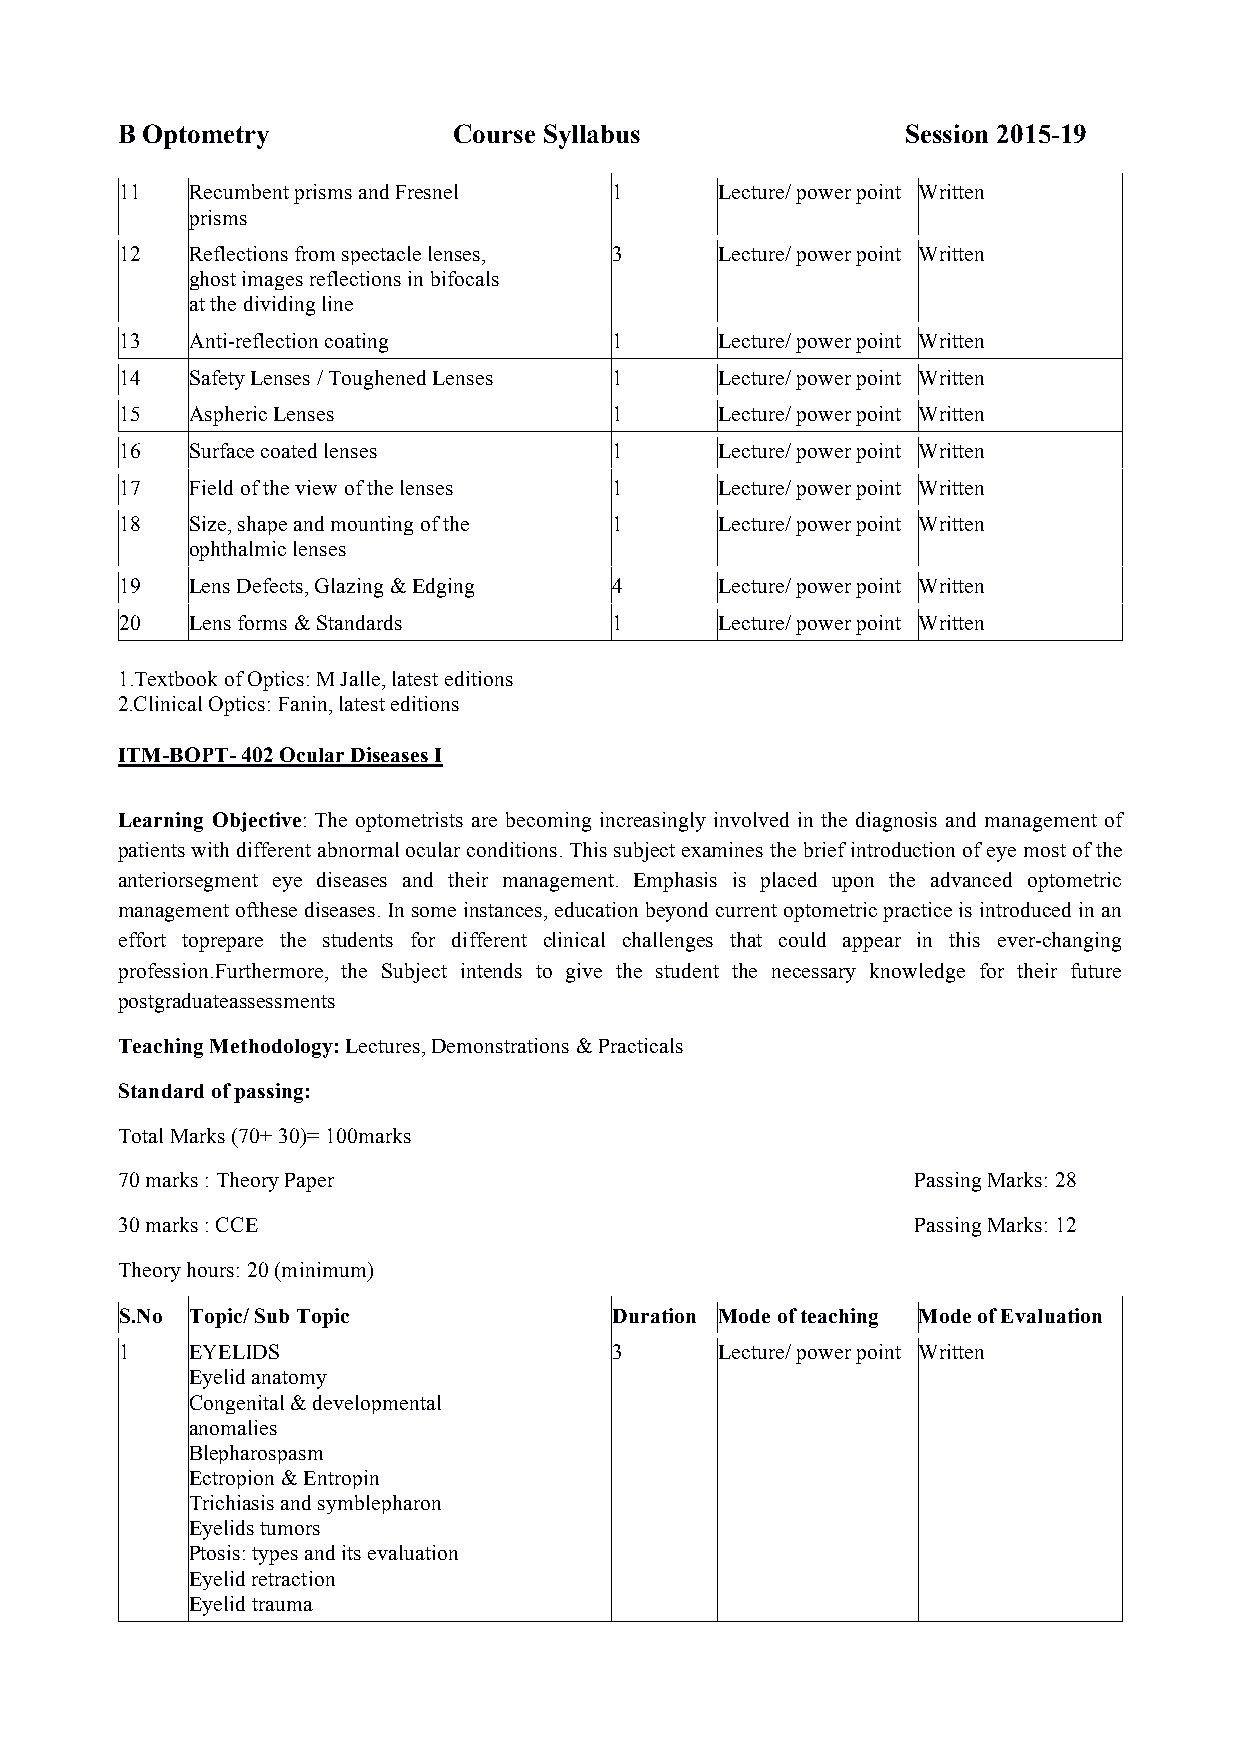
B Optometry           Course Syllabus               Session 2015-19
 11   Recumbent prisms and Fresnel 1     Lecture/ power point Written
 prisms
 12   Reflections from spectacle lenses, 3 Lecture/ power point Written
 ghost images reflections in bifocals
 at the dividing line
 13   Anti-reflection coating     1      Lecture/ power point Written
 14   Safety Lenses / Toughened Lenses 1 Lecture/ power point Written
 15   Aspheric Lenses             1      Lecture/ power point Written
 16   Surface coated lenses       1      Lecture/ power point Written
 17   Field of the view of the lenses 1  Lecture/ power point Written
 18   Size, shape and mounting of the 1  Lecture/ power point Written
 ophthalmic lenses
 19   Lens Defects, Glazing & Edging 4   Lecture/ power point Written
 20   Lens forms & Standards      1      Lecture/ power point Written
 1.Textbook of Optics: M Jalle, latest editions
 2.Clinical Optics: Fanin, latest editions
 ITM-BOPT- 402 Ocular Diseases I
 Learning Objective: The optometrists are becoming increasingly involved in the diagnosis and management of
 patients with different abnormal ocular conditions. This subject examines the brief introduction of eye most of the
 anteriorsegment eye diseases and their management. Emphasis is placed upon the advanced optometric
 management ofthese diseases. In some instances, education beyond current optometric practice is introduced in an
 effort toprepare the students for different clinical challenges that could appear in this ever-changing
 profession.Furthermore, the Subject intends to give the student the necessary knowledge for their future
 postgraduateassessments
 Teaching Methodology: Lectures, Demonstrations & Practicals
 Standard of passing:
 Total Marks (70+ 30)= 100marks
 70 marks : Theory Paper                              Passing Marks: 28
 30 marks : CCE                                       Passing Marks: 12
 Theory hours: 20 (minimum)
 S.No Topic/ Sub Topic            Duration Mode of teaching Mode of Evaluation
 1    EYELIDS                     3      Lecture/ power point Written
 Eyelid anatomy
 Congenital & developmental
 anomalies
 Blepharospasm
 Ectropion & Entropin
 Trichiasis and symblepharon
 Eyelids tumors
 Ptosis: types and its evaluation
 Eyelid retraction
 Eyelid trauma